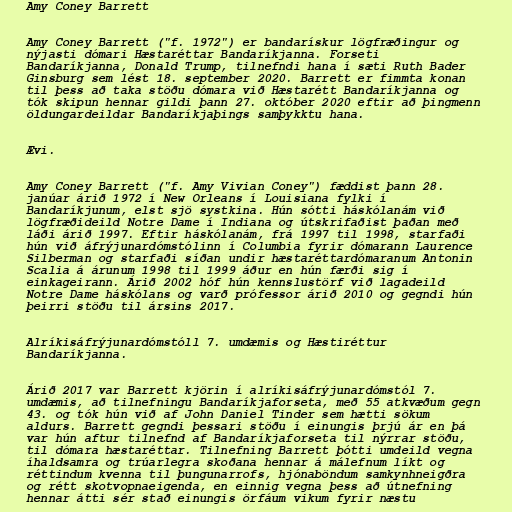
Amy Coney Barrett

Amy Coney Barrett ("f. 1972") er bandarískur lögfræðingur og
nýjasti dómari Hæstaréttar Bandaríkjanna. Forseti
Bandaríkjanna, Donald Trump, tilnefndi hana í sæti Ruth Bader
Ginsburg sem lést 18. september 2020. Barrett er fimmta konan
til þess að taka stöðu dómara við Hæstarétt Bandaríkjanna og
tók skipun hennar gildi þann 27. október 2020 eftir að þingmenn
öldungardeildar Bandaríkjaþings samþykktu hana.

Ævi.

Amy Coney Barrett ("f. Amy Vivian Coney") fæddist þann 28.
janúar árið 1972 í New Orleans í Louisiana fylki í
Bandaríkjunum, elst sjö systkina. Hún sótti háskólanám við
lögfræðideild Notre Dame í Indiana og útskrifaðist þaðan með
láði árið 1997. Eftir háskólanám, frá 1997 til 1998, starfaði
hún við áfrýjunardómstólinn í Columbia fyrir dómarann Laurence
Silberman og starfaði síðan undir hæstaréttardómaranum Antonin
Scalia á árunum 1998 til 1999 áður en hún færði sig í
einkageirann. Árið 2002 hóf hún kennslustörf við lagadeild
Notre Dame háskólans og varð prófessor árið 2010 og gegndi hún
þeirri stöðu til ársins 2017.

Alríkisáfrýjunardómstóll 7. umdæmis og Hæstiréttur
Bandaríkjanna.

Árið 2017 var Barrett kjörin í alríkisáfrýjunardómstól 7.
umdæmis, að tilnefningu Bandaríkjaforseta, með 55 atkvæðum gegn
43. og tók hún við af John Daniel Tinder sem hætti sökum
aldurs. Barrett gegndi þessari stöðu í einungis þrjú ár en þá
var hún aftur tilnefnd af Bandaríkjaforseta til nýrrar stöðu,
til dómara hæstaréttar. Tilnefning Barrett þótti umdeild vegna
íhaldsamra og trúarlegra skoðana hennar á málefnum líkt og
réttindum kvenna til þungunarrofs, hjónaböndum samkynhneigðra
og rétt skotvopnaeigenda, en einnig vegna þess að útnefning
hennar átti sér stað einungis örfáum vikum fyrir næstu